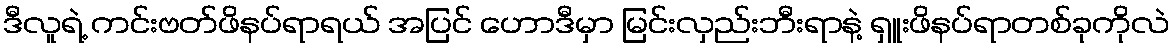
ဒီလူရဲ့ ကင်းဗတ်ဖိနပ်ရာရယ် အပြင် ဟောဒီမှာ မြင်းလှည်းဘီးရာနဲ့ ရှူးဖိနပ်ရာတစ်ခုကိုလဲ